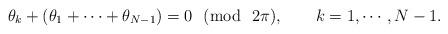
LaTeX: \begin{align*}\theta_k+(\theta_1+\cdots +\theta_{N-1})=0~~({\rm mod}~~2\pi), \qquad k=1,\cdots, N-1.\end{align*}